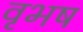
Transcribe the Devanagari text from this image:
वृभष